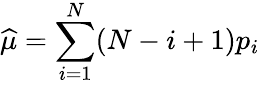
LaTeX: \widehat{\mu}=\sum_{i=1}^{N}(N-i+1)p_{i}